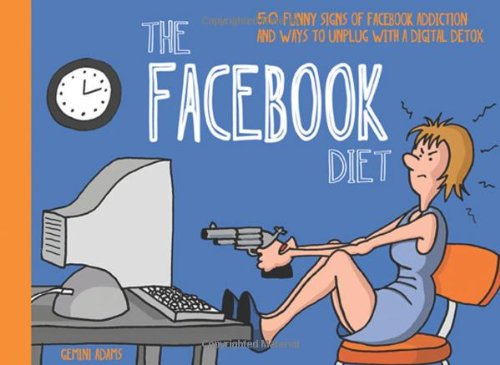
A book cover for The Facebook Diet: 50 Funny Signs of Facebook Addiction and Ways to Unplug with a Digital Detox (The Unplug Series); Gemini Adams; Humor & Entertainment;